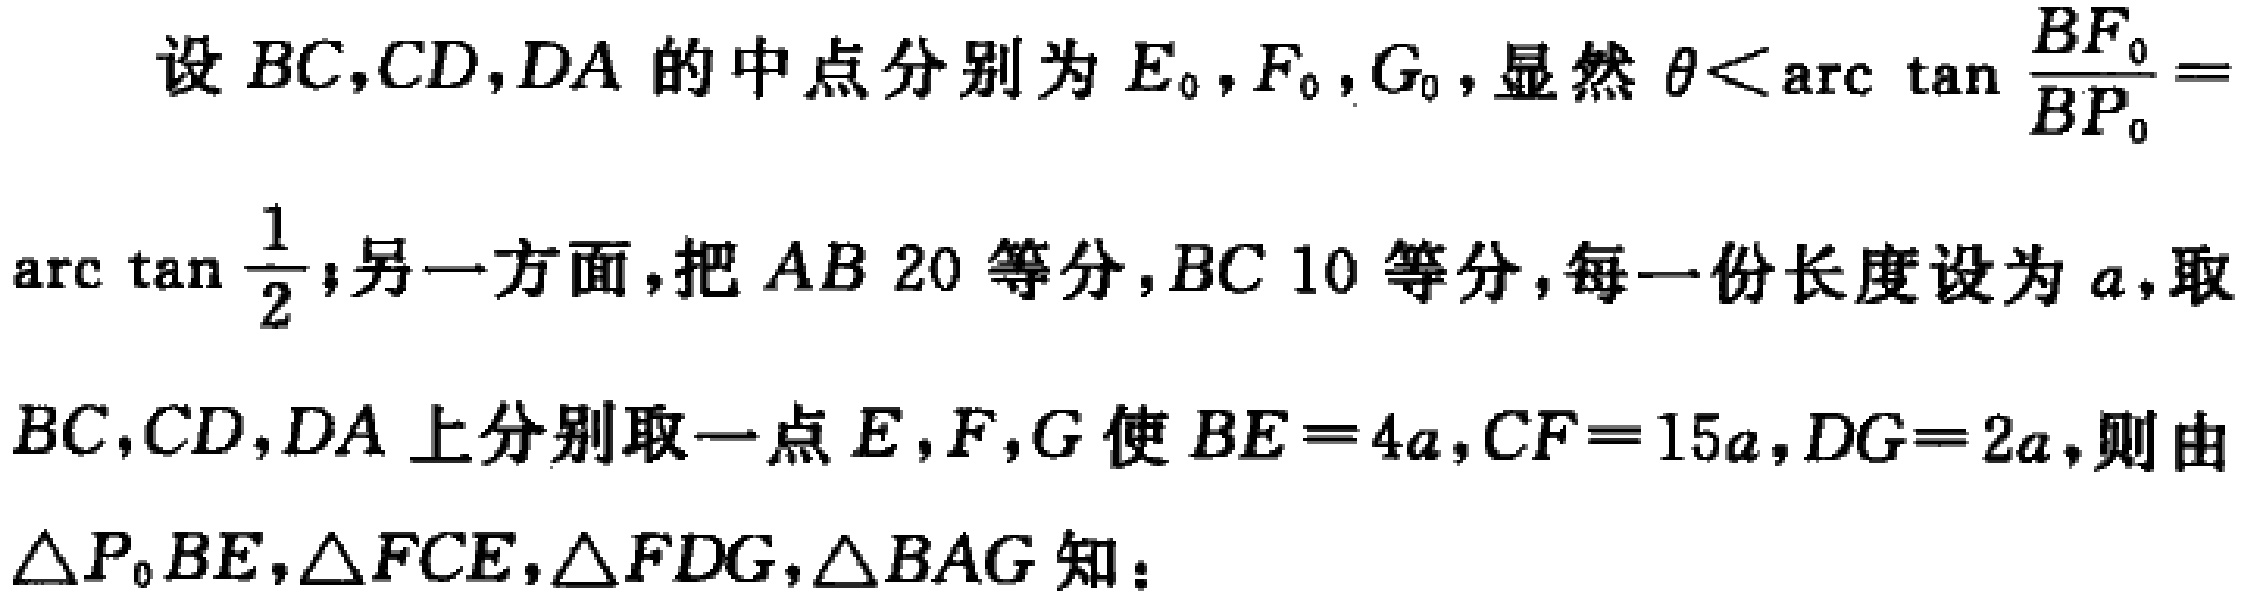
设 \(BC,CD,DA\) 的中点分别为 \(E_{0},F_{0},G_{0}\)，显然 \(\theta<\arctan\frac{BF_{0}}{BP_{0}}=\arctan\frac{1}{2}\)；另一方面，把 \(AB\) \(20\) 等分，\(BC\) \(10\) 等分，每一份长度设为 \(a\)，取 \(BC,CD,DA\) 上分别取一点 \(E,F,G\) 使 \(BE = 4a,CF = 15a,DG = 2a\)，则由 \(\triangle P_{0}BE,\triangle FCE,\triangle FDG,\triangle BAG\) 知：